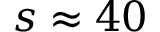
s \approx 4 0